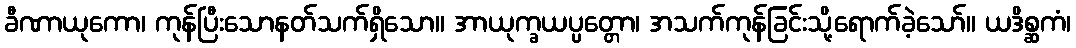
ခီဏာယုကော၊ ကုန်ပြီးသောနတ်သက်ရှိသော။ အာယုက္ခယပ္ပတ္တော၊ အသက်ကုန်ခြင်းသို့ရောက်ခဲ့သော်။ ယဒိစ္ဆကံ၊